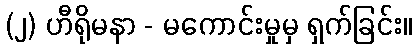
(၂) ဟီရိုမနာ - မကောင်းမှုမှ ရှက်ခြင်း။